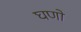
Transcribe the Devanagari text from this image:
घणो